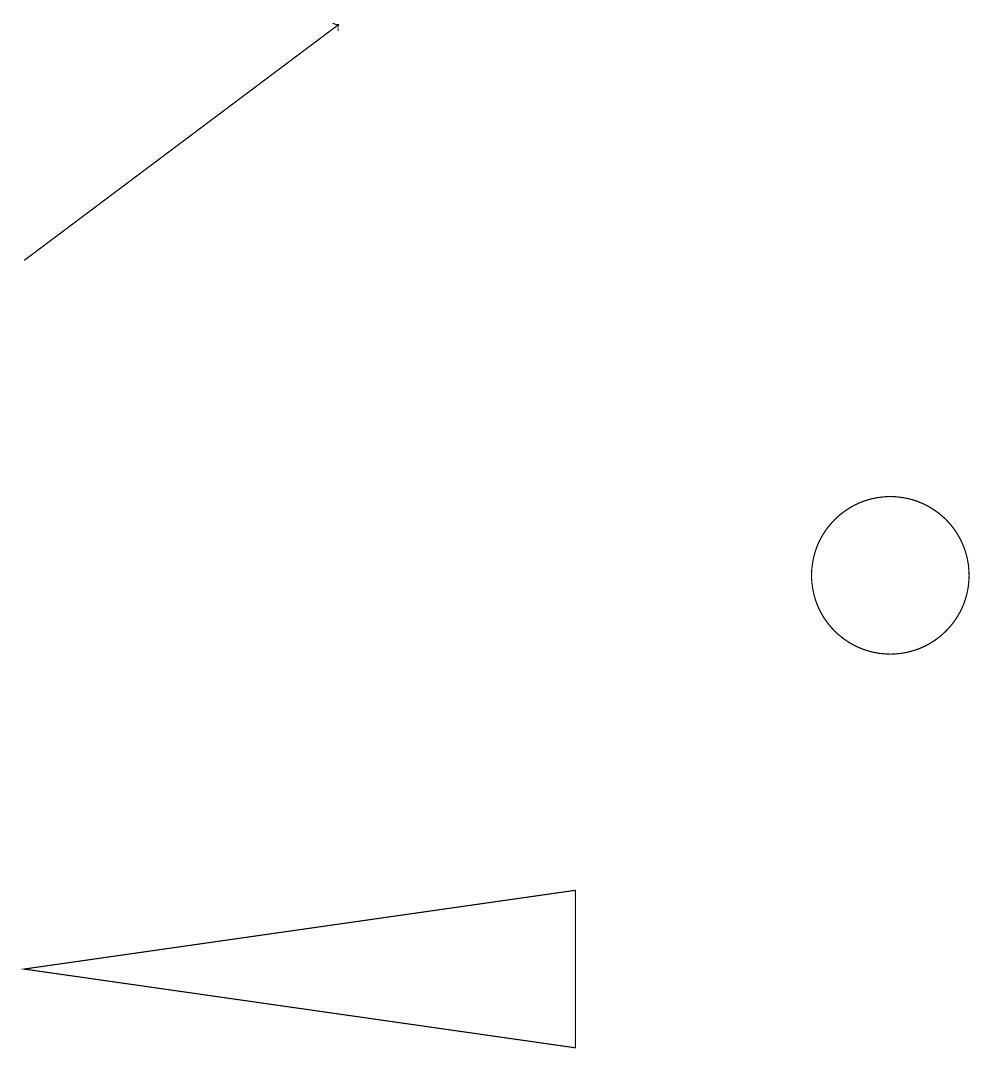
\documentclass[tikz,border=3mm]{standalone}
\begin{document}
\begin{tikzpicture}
\draw[->] (0,14) -- (4,17);
\draw (11,10) circle (1);
\draw (0,5) -- (7,6) -- (7,4) -- cycle;
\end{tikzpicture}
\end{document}